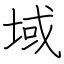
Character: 域